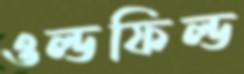
ওল্ডফিল্ড